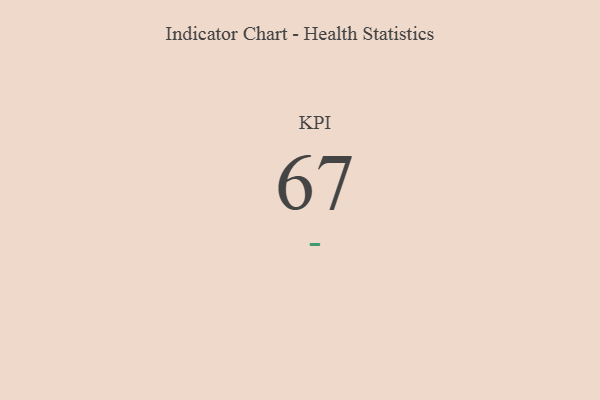
{"axis": {"x": "KPI", "y": "Value"}, "legend": [""], "data": [{"x": "KPI", "y": 67, "type": ""}]}